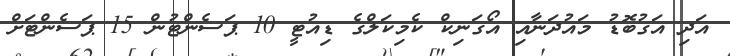
އަދި އަގުބޮޑު މައުދަނާއި އޯގަނިކް ކެމިކަލްގެ ޑިއުޓީ 10 ޕަސެންޓުން 15 ޕަސެންޓަށް